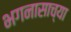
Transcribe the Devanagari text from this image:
भगनासाच्या